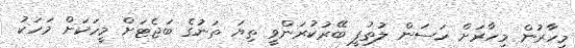
މިހާރުން މިހާރަށް ހަސަން ލުތުފީ ބޭރުކުރަންވީ ތިޔަ ތަނުގެ ބަޖެޓަށް މީހަކަށް މަހަކު